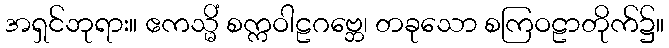
အရှင်ဘုရား။ ဧကသ္မိံ စက္ကဝါဠဂဗ္ဘေ၊ တခုသော စကြဝဠာတိုက်၌။